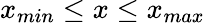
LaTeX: x_{min}\leq x\leq x_{max}